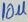
Text: 10µ